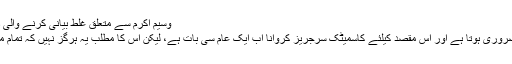
﻿ وسیم اکرم سے متعلق غلط بیانی کرنے والی ڈرماٹولوجسٹ کیلئے شنیرا اکرم کا سخت پیغام
سیلیبریٹیز کیلئے خوبصورت نظر آنا انتہائی ضروری ہوتا ہے اور اس مقصد کیلئے کاسمیٹک سرجریز کروانا اب ایک عام سی بات ہے، لیکن اس کا مطلب یہ ہرگز نہیں کہ تمام معروف شخصیات اس مرحلے سے گزری ہوں۔